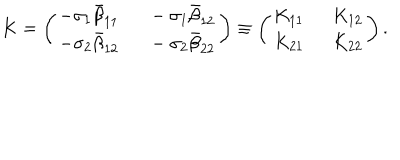
K = \left( \begin{array} { l l } { { - \sigma _ { 1 } \bar { \beta } _ { 1 1 } } } & { { \ \ - \sigma _ { 1 } \bar { \beta } _ { 1 2 } } } \\ { { - \sigma _ { 2 } \bar { \beta } _ { 1 2 } } } & { { \ \ - \sigma _ { 2 } \bar { \beta } _ { 2 2 } } } \\ \end{array} \right) \equiv \left( \begin{array} { l l } { { K _ { 1 1 } } } & { { \ \ K _ { 1 2 } } } \\ { { K _ { 2 1 } } } & { { \ \ K _ { 2 2 } } } \\ \end{array} \right) .